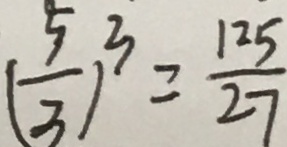
( \frac { 5 } { 3 } ) ^ { 3 } = \frac { 1 2 5 } { 2 7 }